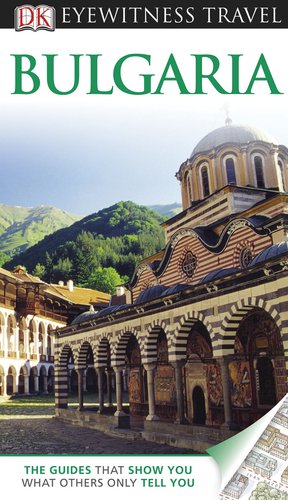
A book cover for Bulgaria (EYEWITNESS TRAVEL GUIDE); Jonathan Bousfield; Travel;